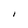
Character: I